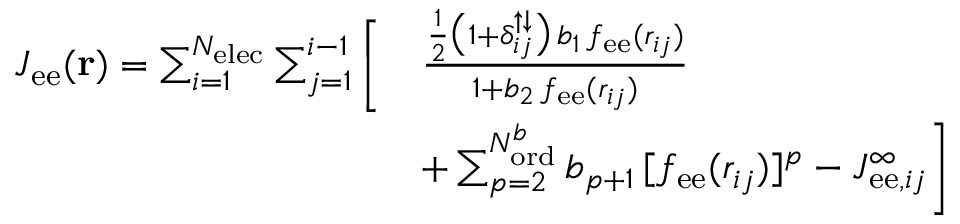
\begin{array} { r l } { J _ { \mathrm { e e } } ( \mathbf { r } ) = \sum _ { i = 1 } ^ { N _ { \mathrm { e l e c } } } \sum _ { j = 1 } ^ { i - 1 } \Bigg [ } & { \frac { \frac { 1 } { 2 } \big ( 1 + \delta _ { i j } ^ { \uparrow \downarrow } \big ) \, b _ { 1 } \, f _ { \mathrm { e e } } ( r _ { i j } ) } { 1 + b _ { 2 } \, f _ { \mathrm { e e } } ( r _ { i j } ) } } \\ & { + \sum _ { p = 2 } ^ { N _ { \mathrm { o r d } } ^ { b } } b _ { p + 1 } \, [ f _ { \mathrm { e e } } ( r _ { i j } ) ] ^ { p } - J _ { \mathrm { e e } , i j } ^ { \infty } \Bigg ] } \end{array}